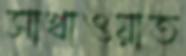
সাখাওয়াত